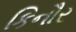
કિનૌર